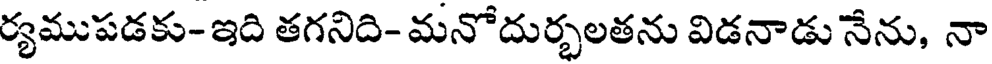
ర్యముపడకు-ఇది తగనిది- మనోదుర్భలతను విడనాడు నేను, నా